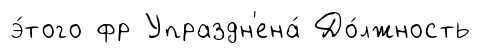
э́того фр Упраздн'ена́ До́лжность